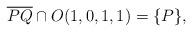
LaTeX: \begin{align*}\overline{PQ}\cap O(1,0,1,1)=\{P\},\end{align*}